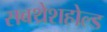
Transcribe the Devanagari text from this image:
सबथ्रेशहोल्ड